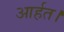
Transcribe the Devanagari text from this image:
आर्हत।